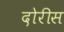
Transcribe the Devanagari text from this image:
दोरीस